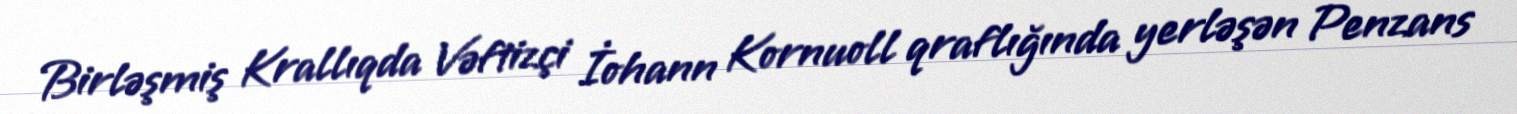
Birləşmiş Krallıqda Vəftizçi İohann Kornuoll qraflığında yerləşən Penzans